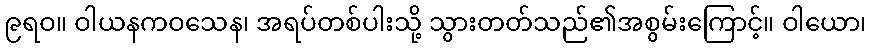
၉ရဝ။ ဝါယနကဝသေန၊ အရပ်တစ်ပါးသို့ သွားတတ်သည်၏အစွမ်းကြောင့်။ ဝါယော၊